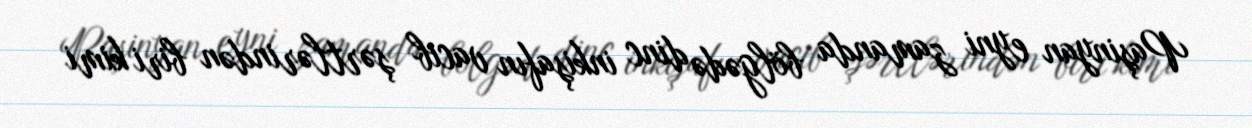
Paşinyan eyni zamanda bölgədə dinc inkişafın vacib şərtlərindən biri kimi